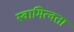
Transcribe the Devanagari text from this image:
स्वामित्वता